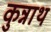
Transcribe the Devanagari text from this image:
कुन्नाथ